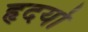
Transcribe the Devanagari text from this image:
हृदयो